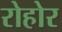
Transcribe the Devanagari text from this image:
रोहोर